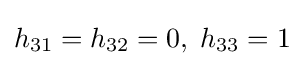
h_{31}=h_{32}=0,\;h_{33}=1